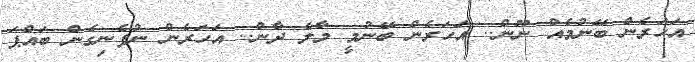
އަހަރެން ބޭނުމެއް ނޫން.. އަހަރެން ބޭނުމީ މާލެ ދާން.. އަހަރެން ނުފެނިގެން ބައްޕަ